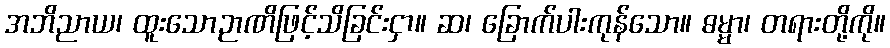
အဘိညာယ၊ ထူးသောဉာဏိဖြင့်သိခြင်းငှာ။ ဆ၊ ခြောက်ပါးကုန်သော။ ဓမ္မာ၊ တရားတို့ကို။